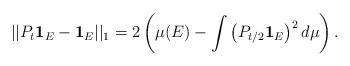
LaTeX: \begin{align*}||P_t \mathbf 1_E - \mathbf 1_E||_{1} = 2 \left(\mu(E) -\int \left(P_{t/2}\mathbf 1_E\right)^2 d\mu\right).\end{align*}